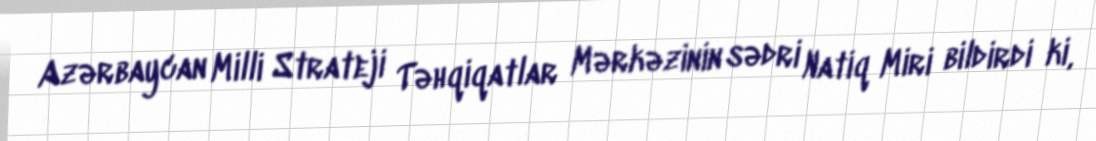
Azərbaycan Milli Strateji Təhqiqatlar Mərkəzinin sədri Natiq Miri bildirdi ki,